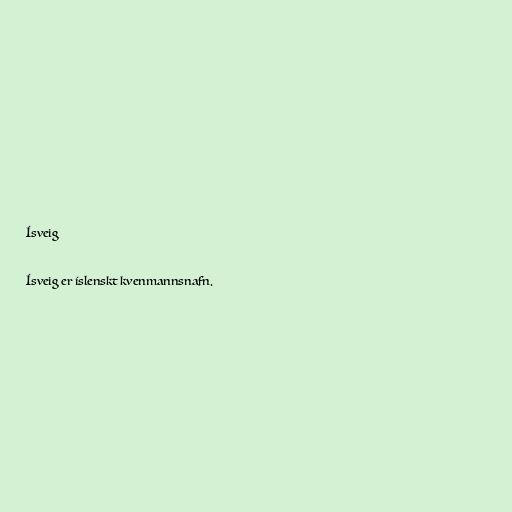
Ísveig

Ísveig er íslenskt kvenmannsnafn.